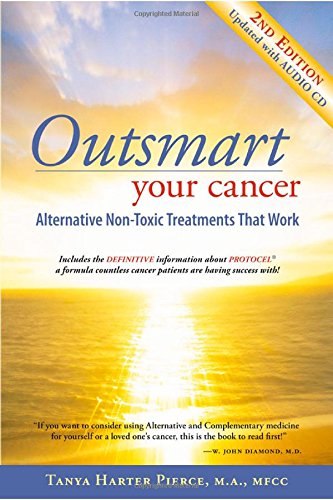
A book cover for Outsmart Your Cancer: Alternative Non-Toxic Treatments That Work (Second Edition) With CD; Tanya Harter Pierce; Health, Fitness & Dieting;